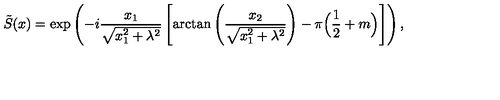
\tilde { S } ( x ) = \exp \left( - i \frac { x _ { 1 } } { \sqrt { x _ { 1 } ^ { 2 } + \lambda ^ { 2 } } } \left[ \mathrm { a r c t a n } \left( \frac { x _ { 2 } } { \sqrt { x _ { 1 } ^ { 2 } + \lambda ^ { 2 } } } \right) - \pi \Big ( \frac { 1 } { 2 } + m \Big ) \right] \right) ,